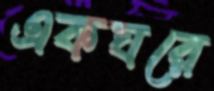
একঘরে